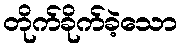
တိုက်ခိုက်ခဲ့သော